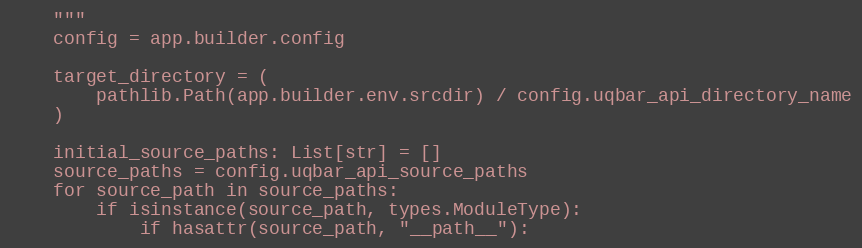
Language: Python
    """
    config = app.builder.config

    target_directory = (
        pathlib.Path(app.builder.env.srcdir) / config.uqbar_api_directory_name
    )

    initial_source_paths: List[str] = []
    source_paths = config.uqbar_api_source_paths
    for source_path in source_paths:
        if isinstance(source_path, types.ModuleType):
            if hasattr(source_path, "__path__"):